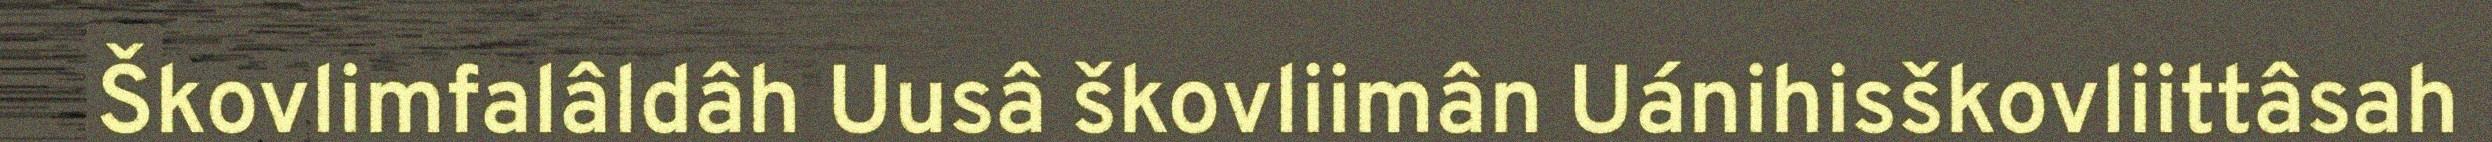
Škovlimfalâldâh Uusâ škovliimân Uánihisškovliittâsah